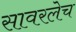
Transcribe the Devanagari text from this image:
सावरलेच